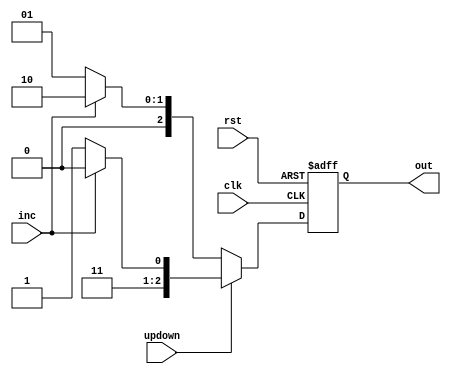
module updowncounter #( parameter x=3) (
    input clk , rst , inc , updown , output [x-1:0] out
    );
    reg out;
    always @(posedge clk, posedge  rst) begin
    if(rst ) out =0;
    else begin
    if(updown ) begin
    if(inc ==1)
    out =- 2;
    else out=-1;
    end
    else
    begin
    if(inc==1)
    out=+2;
    else out=+1;
    end
    end
    end
endmodule